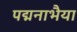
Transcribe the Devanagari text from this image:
पद्मनाभैया